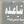
شياعليد